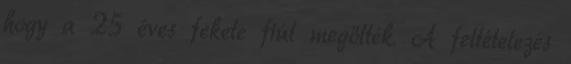
hogy a 25 éves fekete fiút megölték. A feltételezés